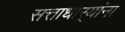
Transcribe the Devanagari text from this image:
सत्ताधार्‍यांना